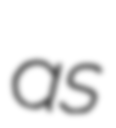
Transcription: as